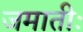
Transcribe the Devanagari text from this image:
जमातीः